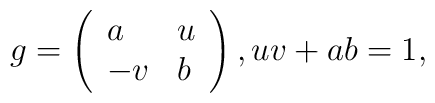
g=\left (\begin{array}{ll}a & u\\-v & b \end{array}\right ), uv+ab=1,